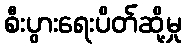
စီးပွားရေးပိတ်ဆို့မှု